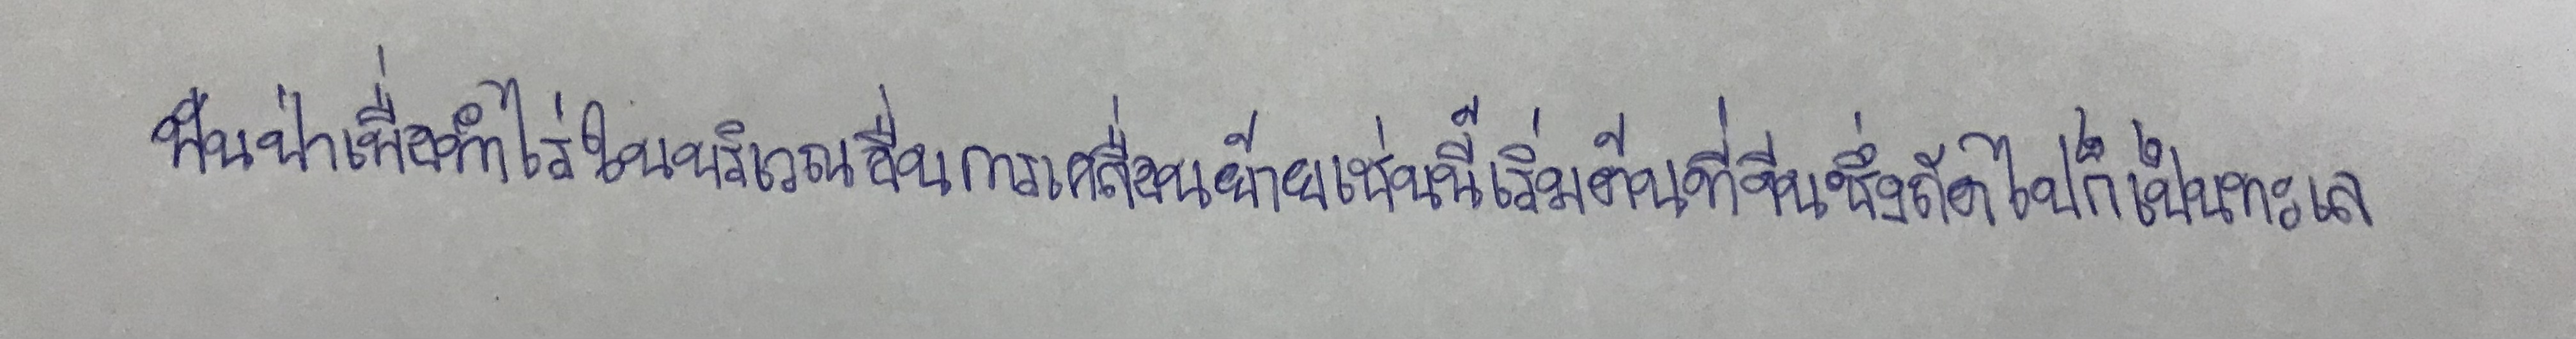
ฟันป่าเพื่อทำไร่ในบริเวณอื่นการเคลื่อนย้ายเช่นนี้เริ่มต้นที่จีนซึ่งถัดไปก็เป็นทะเล